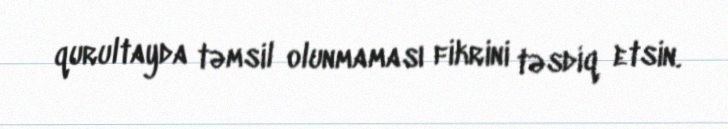
qurultayda təmsil olunmaması fikrini təsdiq etsin.